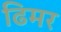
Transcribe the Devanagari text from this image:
ढिमर